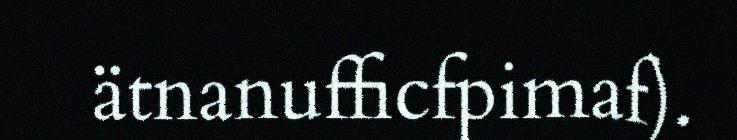
ätnanufficfpimaf).